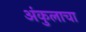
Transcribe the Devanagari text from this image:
अंकुलाचा